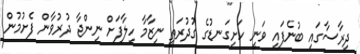
ދިރާސާގައި ބުނެފައި ވަނީ ހަށިގަނޑުގެ ގުދުރަތީ ނިޒާމާ ހިލާފަށް ނިންޖާ ދުރުވާން ފެށުމުން